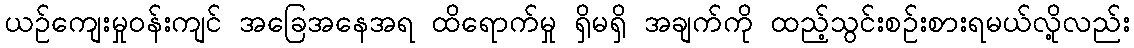
ယဉ်ကျေးမှုဝန်းကျင် အခြေအနေအရ ထိရောက်မှု ရှိမရှိ အချက်ကို ထည့်သွင်းစဉ်းစားရမယ်လို့လည်း